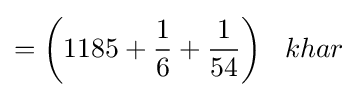
={\bigg (}1185+{\frac {1}{6}}+{\frac {1}{54}}{\bigg )}\;\;\;khar